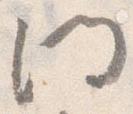
門